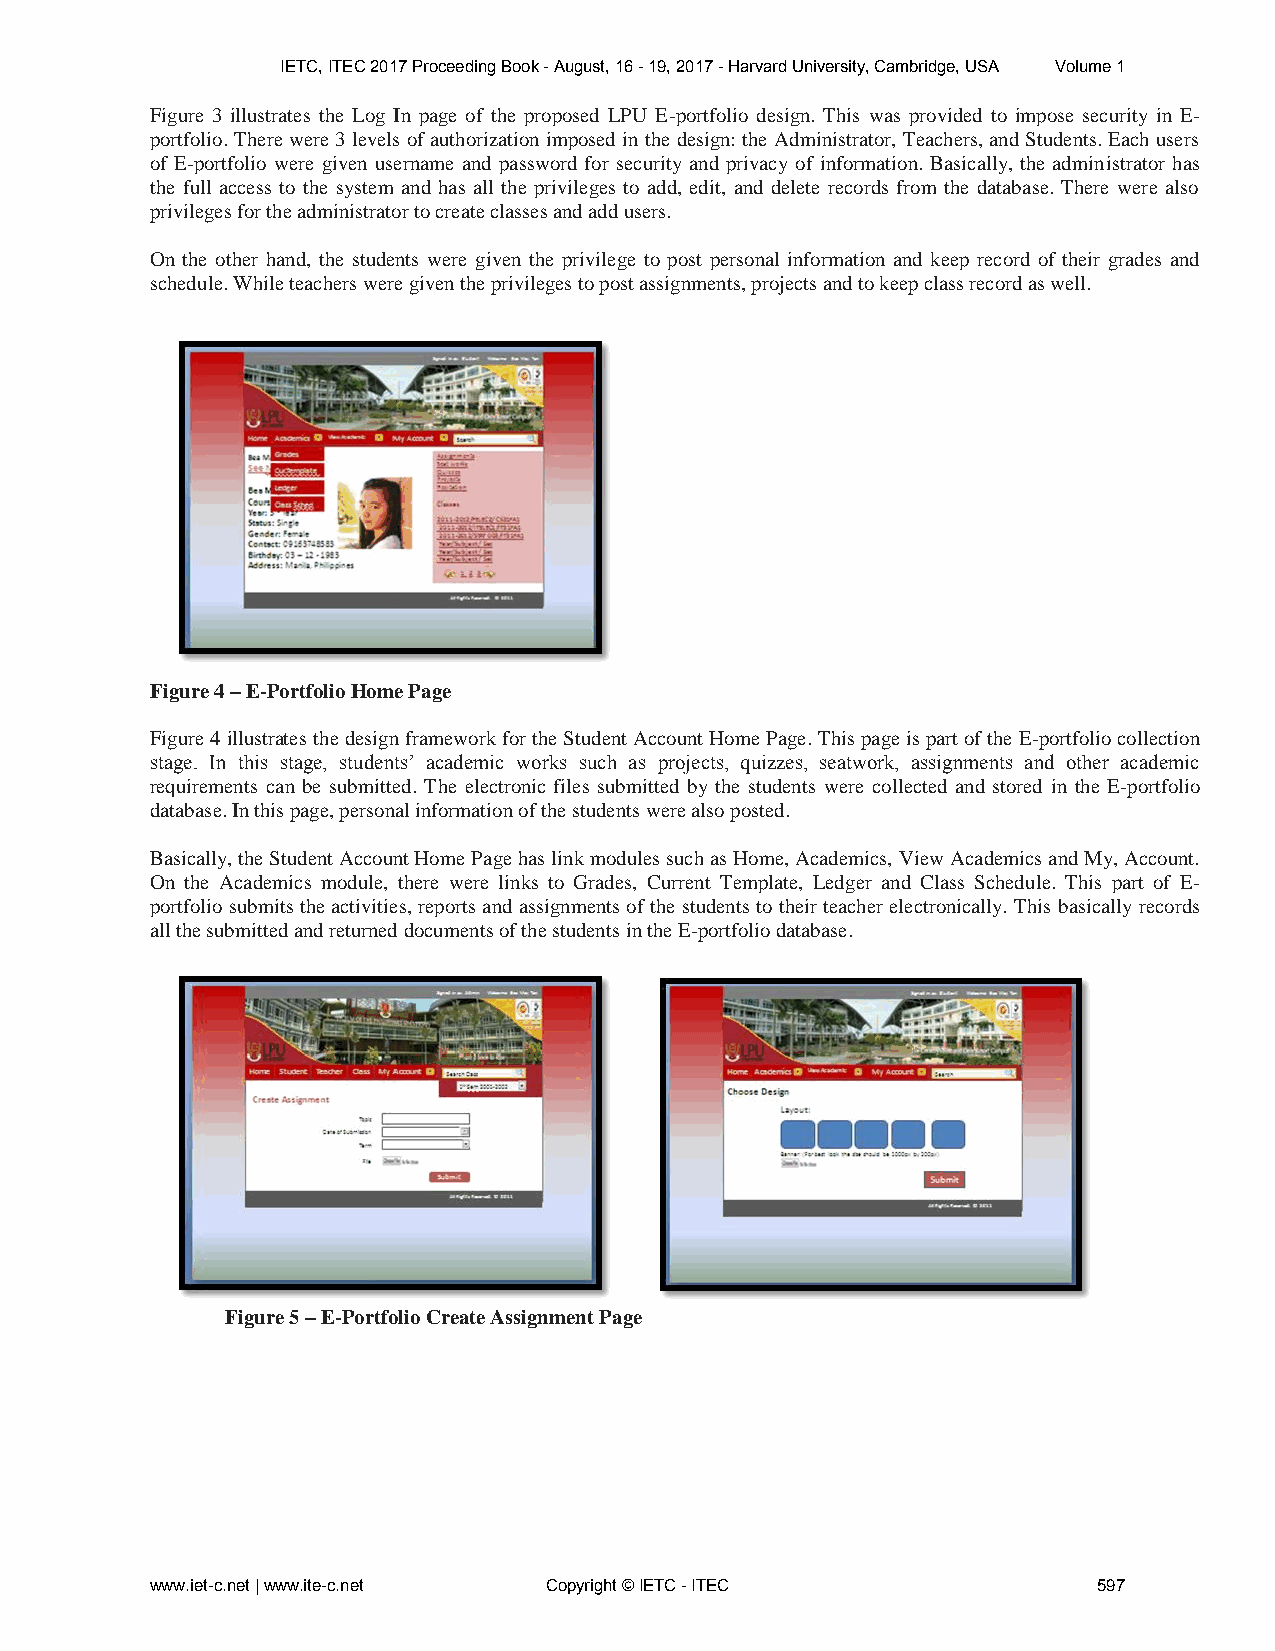
IETC, ITEC 2017 Proceeding Book - August, 16 - 19, 2017 - Harvard University, Cambridge, USA Volume 1
 Figure 3 illustrates the Log In page of the proposed LPU E-portfolio design. This was provided to impose security in E-
 portfolio. There were 3 levels of authorization imposed in the design: the Administrator, Teachers, and Students. Each users
 of E-portfolio were given username and password for security and privacy of information. Basically, the administrator has
 the full access to the system and has all the privileges to add, edit, and delete records from the database. There were also
 privileges for the administrator to create classes and add users.
 On the other hand, the students were given the privilege to post personal information and keep record of their grades and
 schedule. While teachers were given the privileges to post assignments, projects and to keep class record as well.
 Figure 4 – E-Portfolio Home Page
 Figure 4 illustrates the design framework for the Student Account Home Page. This page is part of the E-portfolio collection
 stage. In this stage, students’ academic works such as projects, quizzes, seatwork, assignments and other academic
 requirements can be submitted. The electronic files submitted by the students were collected and stored in the E-portfolio
 database. In this page, personal information of the students were also posted.
 Basically, the Student Account Home Page has link modules such as Home, Academics, View Academics and My, Account.
 On the Academics module, there were links to Grades, Current Template, Ledger and Class Schedule. This part of E-
 portfolio submits the activities, reports and assignments of the students to their teacher electronically. This basically records
 all the submitted and returned documents of the students in the E-portfolio database.
 Figure 5 – E-Portfolio Create Assignment Page
 www.iet-c.net | www.ite-c.net Copyright © IETC - ITEC          597